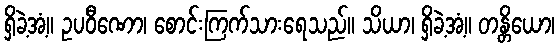
ရှိခဲ့အံ့။ ဥပဝီဏော၊ စောင်းကြက်သားရေသည်။ သိယာ၊ ရှိခဲ့အံ့။ တန္တိယော၊